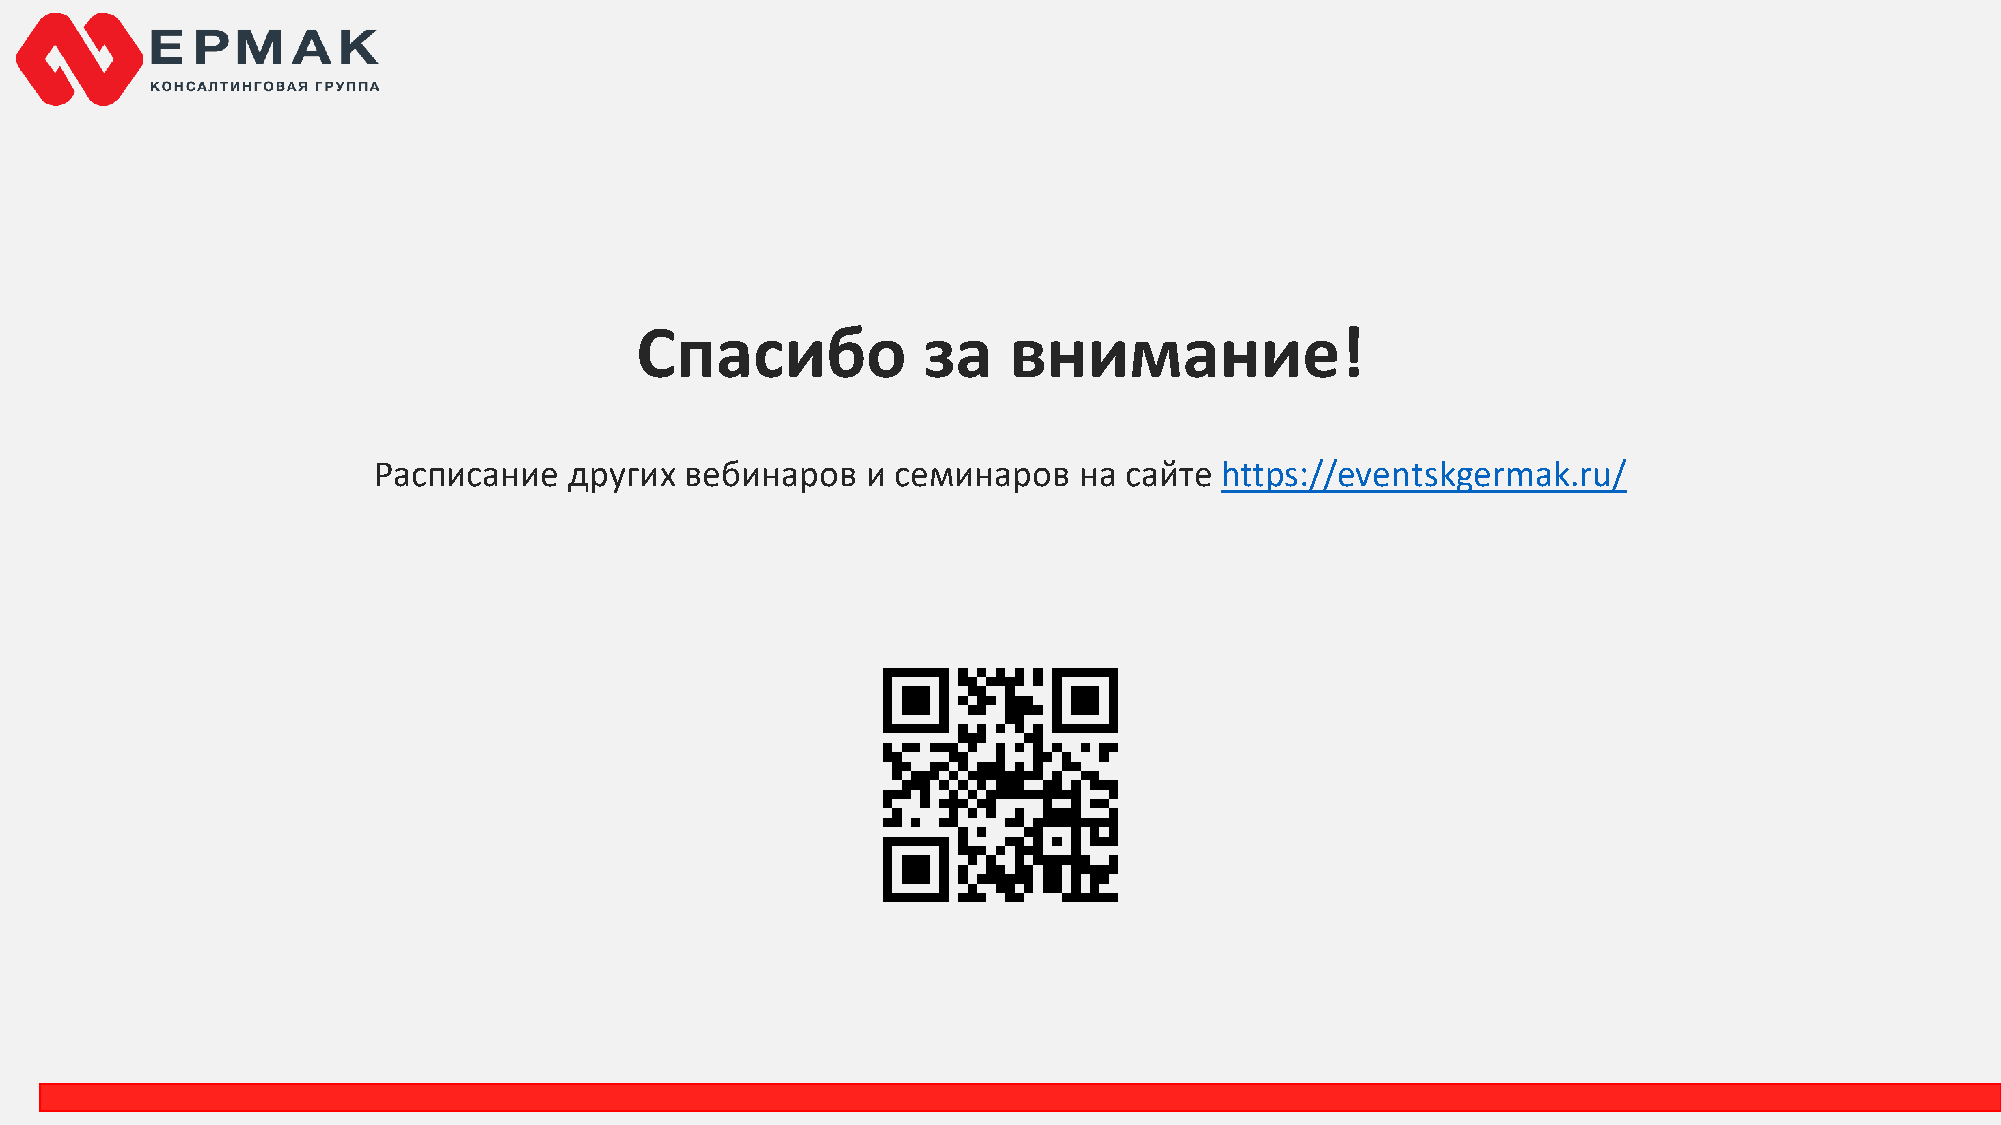
Спасибо            за    внимание!
 Расписание   других вебинаров   и семинаров   на сайте  https://eventskgermak.ru/